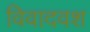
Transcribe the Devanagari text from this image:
विवादवश